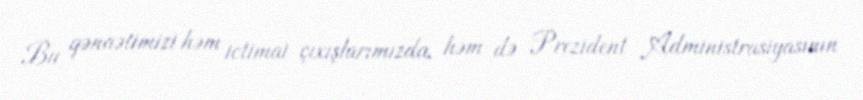
Bu qənaətimizi həm ictimai çıxışlarımızda, həm də Prezident Administrasiyasının